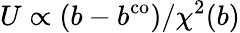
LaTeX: U\propto\left(b-b^{\mathrm{co}}\right)/\chi^{2}(b)